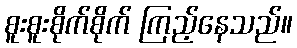
စူးစူးစိုက်စိုက် ကြည့်နေသည်။